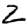
Digit: 2